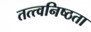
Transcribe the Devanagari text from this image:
तत्त्वनिष्ठता